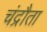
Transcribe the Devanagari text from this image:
चंद्रौता